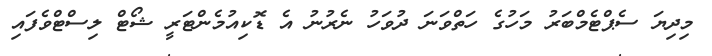
މިދިޔަ ސެޕްޓެމްބަރު މަހުގެ ހަތްވަނަ ދުވަހު ނެރުނު އެ ޑޮކިއުމެންޓަރީ ޝޯޓް ލިސްޓްވެފައި